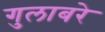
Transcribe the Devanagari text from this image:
गुलाबरे